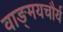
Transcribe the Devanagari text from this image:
वाङ्‌मयचौर्य